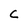
Character: C